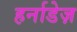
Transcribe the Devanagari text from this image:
हर्नाडेज़